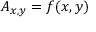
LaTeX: A _ { x , y } = f ( x , y )